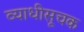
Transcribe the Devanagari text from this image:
व्याधीसूचक